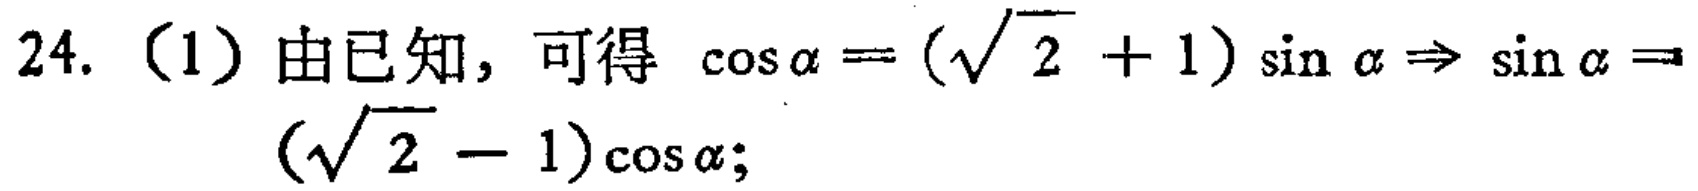
24.（1）由已知，可得\(\cos\alpha = (\sqrt{2} + 1)\sin\alpha\Rightarrow \sin\alpha = (\sqrt{2} - 1)\cos\alpha\)；